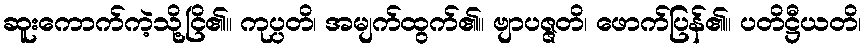
ဆူးကောက်ကဲ့သို့ငြိ၏။ ကုပ္ပတိ၊ အမျက်ထွက်၏။ ဗျာပဇ္ဇတိ၊ ဖောက်ပြန်၏။ ပတိဋ္ဌီယတိ၊